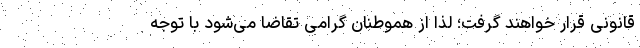
قانونی قرار خواهند گرفت؛ لذا از هموطنان گرامی تقاضا می‌شود با توجه